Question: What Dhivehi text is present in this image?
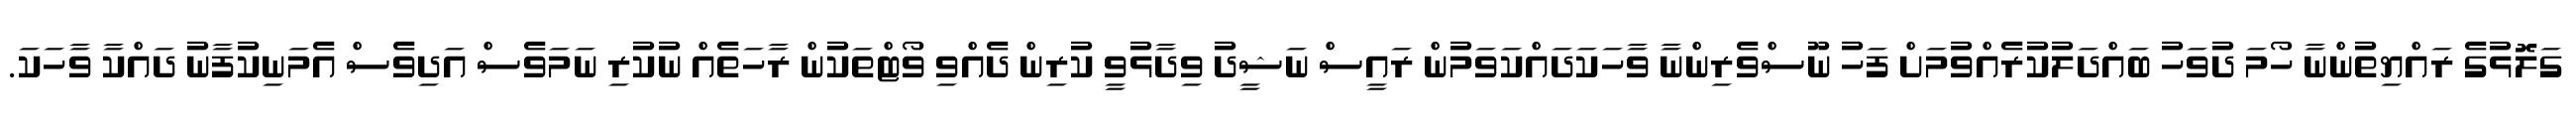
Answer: ގަލޮޅުގެ ރައްޔިތުންނާ ހޯމަ ދުވަހު ބައްދަލުކުރެއްވުމަށް ފަހު ނޫސްވެރިންނާ ވާހަކަދައްކަވަމުން ރައީސް ނަޝީދު ވިދާޅުވީ ކުރިން ދެއްވި ވޯޓްތަކުން ރާހަތެއް ނުކުރި ނަމަވެސް އަދިވެސް އެމަނިކުފާނު ދައްކާ ވާހަކަ.